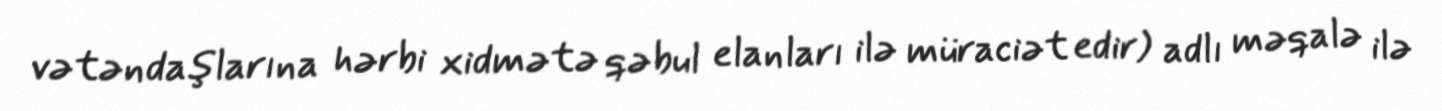
vətəndaşlarına hərbi xidmətə qəbul elanları ilə müraciət edir) adlı məqalə ilə